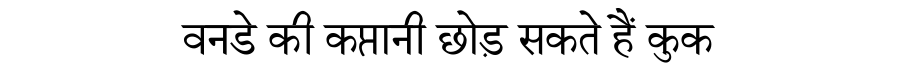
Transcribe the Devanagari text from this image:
वनडे की कप्तानी छोड़ सकते हैं कुक